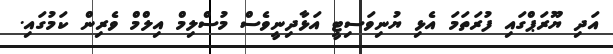
އަދި ޔޫރަޕްގައި ފުރަތަމަ އެޅި ޔުނިވަސިޓީ އަޅާދިނީވެސް މުސްލިމް އިލްމް ވެރިން ކަމުގައި.